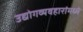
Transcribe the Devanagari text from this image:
उद्योगव्यवहारांमध्ये